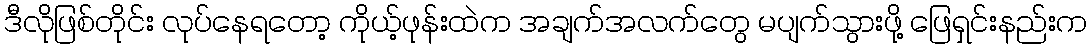
ဒီလိုဖြစ်တိုင်း လုပ်နေရတော့ ကိုယ့်ဖုန်းထဲက အချက်အလက်တွေ မပျက်သွားဖို့ ဖြေရှင်းနည်းက